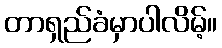
တာရှည်ခံမှာပါလိမ့်။